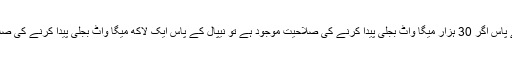
بھوٹان کے پاس اگر 30 ہزار میگا واٹ بجلی پیدا کرنے کی صلاحیت موجود ہے تو نیپال کے پاس ایک لاکھ میگا واٹ بجلی پیدا کرنے کی صلاحیت ہے۔